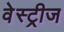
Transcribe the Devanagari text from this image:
वेस्ट्रीज